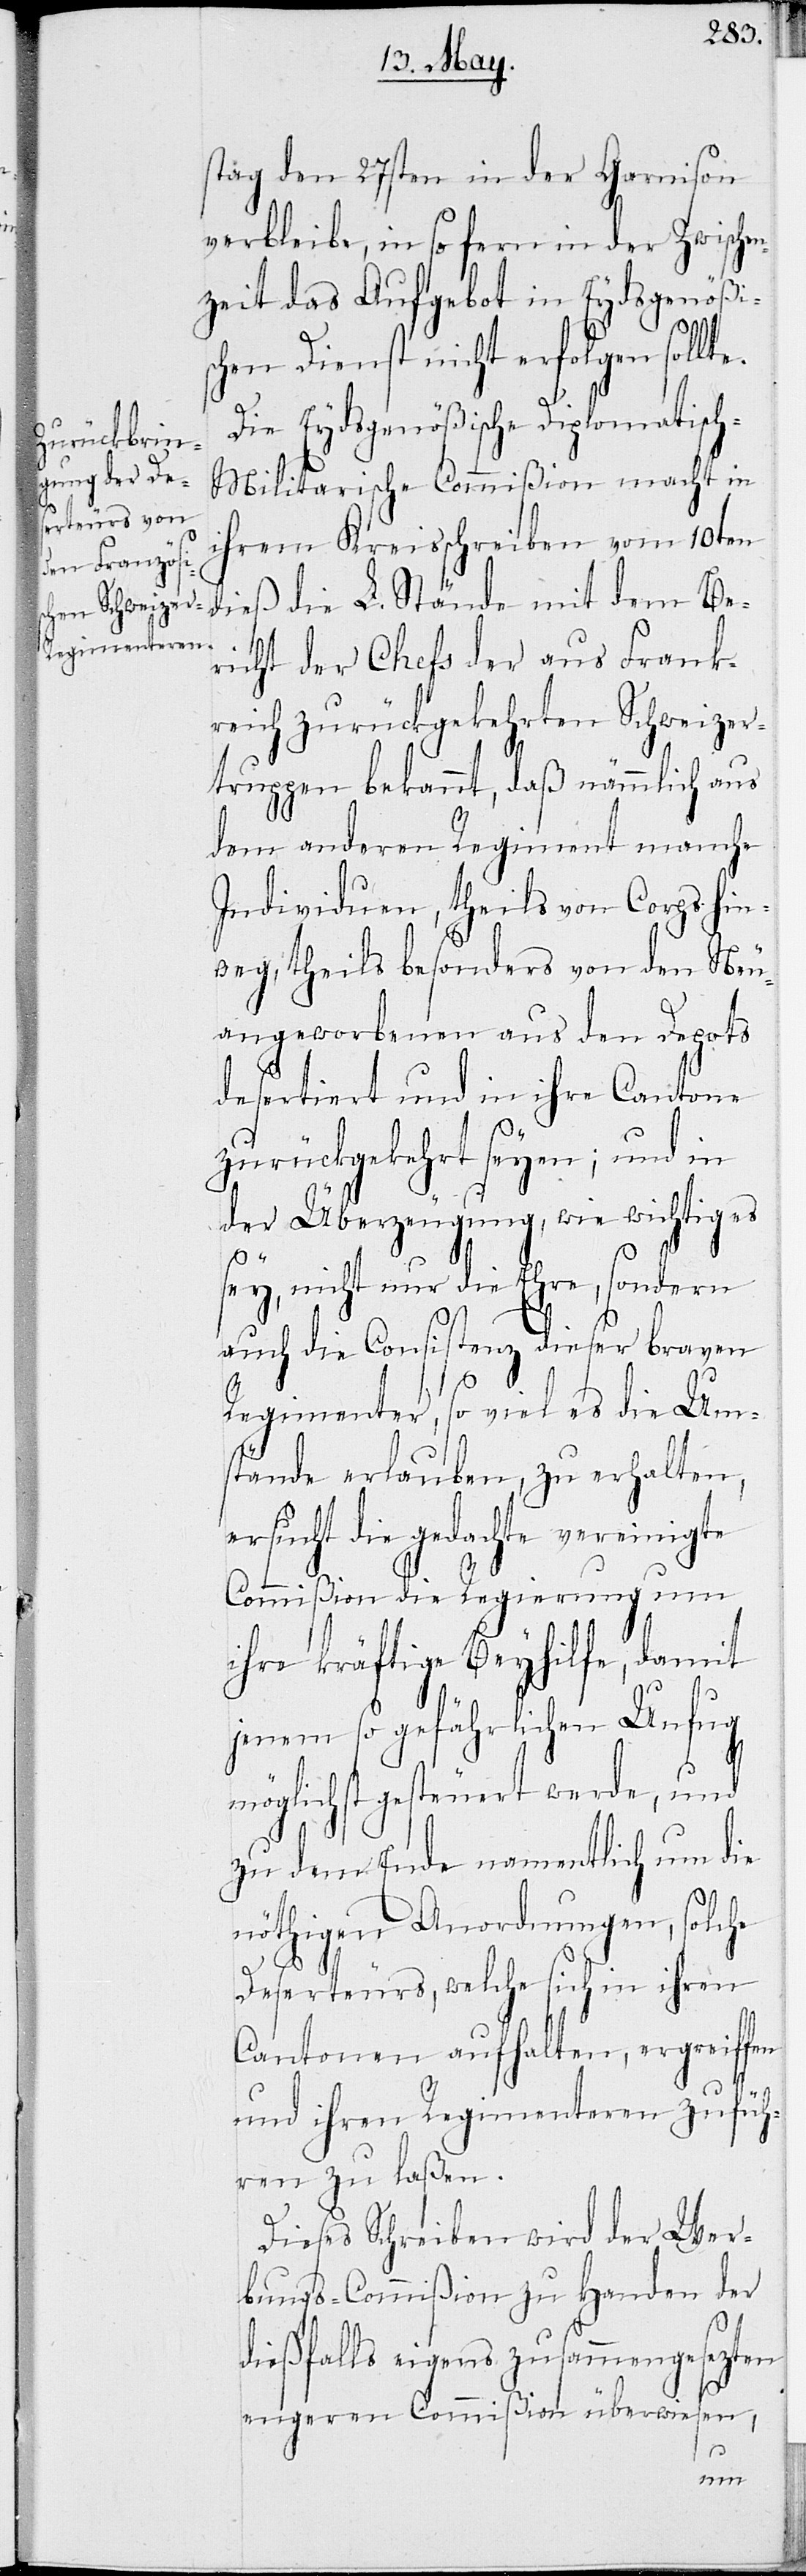
stag den 27sten in der Garnison
verbleibe, in so fern in der Zwische¬
nzeit das Aufgebot in Eydsgenößis¬
chen Dienst nicht erfolgen sollt¬
Die Eydsgenößische Diplomatisc¬
h-Militarische Commißion macht in
ihrem Kreisschreiben vom 10ten
dieß die L. Stände mit dem Be¬
richt der Chefs der aus Frank¬
reich zurückgekehrten Schweizer¬
truppen bekannt, daß nämmlich aus
dem anderen Regiment manche
Individuen, theils von Corps hin¬
weg, theils besonders von den Neu¬
angeworbenen aus den Depots
desertiert und in ihre Cantone
zurückgekehrt seyen; und in
der Überzeugung, wie wichtig es
fü¬
ey, nicht nur die Ehre, sondern
auch die Consistenz dieser braven
Regimenter, so viel es die Um¬
stände erlauben, zu erhalten,
ersucht die gedachte vereinigte
Commißion die Regierung um
ihre kräftige Beyhilfe, damit
jenem so gefährlichen Unfug
möglichst gesteuert werde, und
zu dem Ende namentlich um die
nöthigen Anordnungen, solche
Deserteurs, welche sich in ihren
Cantonen aufhalten, ergreiffen
und ihren Regimenteren zurück¬
hren zu laßen.
Dieses Schreiben wird der Wer¬
bungs-Commißion zu Handen der
dießfalls eigens zusammengesetzten
engeren Commißion überwiesen,